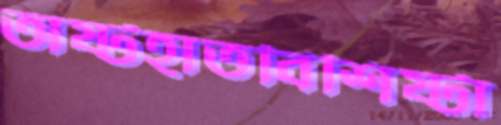
অষ্টহাতবিশিষ্টা